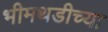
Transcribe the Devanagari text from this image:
भीमथडीच्या